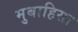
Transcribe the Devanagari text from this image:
मुबाहिसा